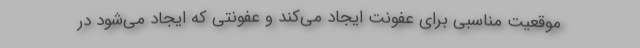
موقعیت مناسبی برای عفونت ایجاد می‌کند و عفونتی که ایجاد می‌شود در